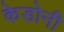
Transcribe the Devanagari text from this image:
केडोनी